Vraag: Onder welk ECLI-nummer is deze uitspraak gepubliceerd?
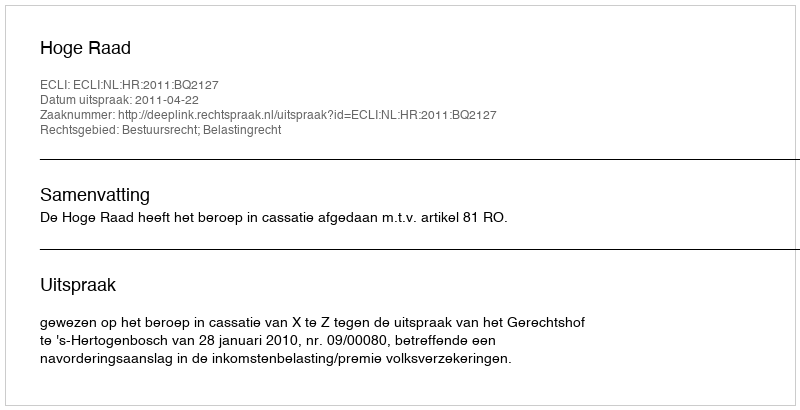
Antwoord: ECLI:NL:HR:2011:BQ2127